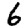
Digit: 6